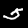
Digit: 5